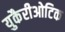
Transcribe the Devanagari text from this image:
युकैरीओटिक